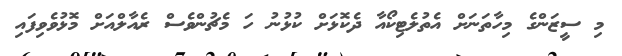
މި ސީޒަންގެ މިހާތަނަށް އެތުލެޓިކޯއާ ދެކޮޅަށް ކުޅުނު ހަ މެޗުންވެސް ރެއާލްއަށް މޮޅުވެވިފައި